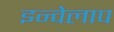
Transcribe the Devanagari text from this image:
इन्वेलाप